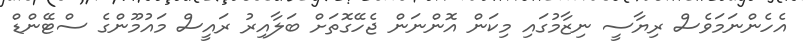
އެހެންނަމަވެސް ރިޔާސީ ނިޒާމުގައި މިކަން އޮންނަން ޖެހޭގޮތަށް ބަލާއިރު ރައީސް މައުމޫންގެ ސްޓޭންޑް